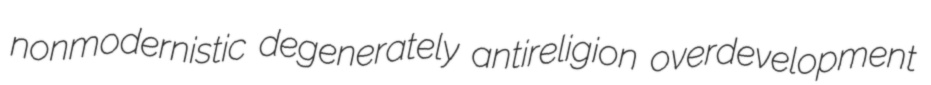
nonmodernistic degenerately antireligion overdevelopment